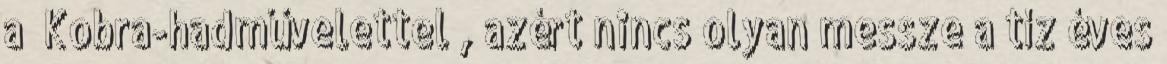
a “Kobra-hadművelettel”, azért nincs olyan messze a tíz éves